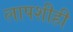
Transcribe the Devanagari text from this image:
लापशीही